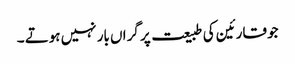
جو قارئین کی طبیعت پر گراں بار نہیں ہوتے ۔